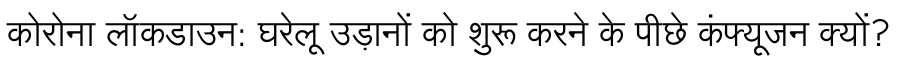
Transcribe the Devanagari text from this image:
कोरोना लॉकडाउन: घरेलू उड़ानों को शुरू करने के पीछे कंफ्यूजन क्यों?